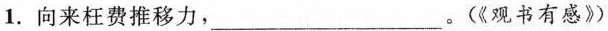
1.向来枉费推移力，___。(《观书有感》)